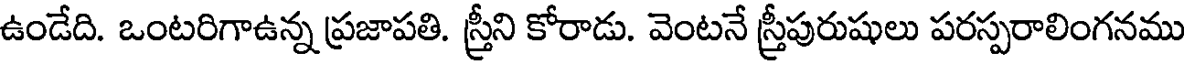
ఉండేది. ఒంటరిగాఉన్న ప్రజాపతి. స్త్రీని కోరాడు. వెంటనే స్త్రీపురుషులు పరస్పరాలింగనము